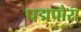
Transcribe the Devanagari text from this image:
पद्मपोरा